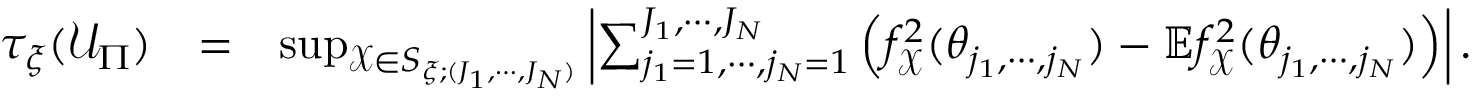
\begin{array} { r l r } { \tau _ { \xi } ( \mathcal { U } _ { \Pi } ) } & { = } & { \operatorname* { s u p } _ { \mathcal { X } \in S _ { \xi ; ( J _ { 1 } , \cdots , J _ { N } ) } } \left\vert \sum _ { j _ { 1 } = 1 , \cdots , j _ { N } = 1 } ^ { J _ { 1 } , \cdots , J _ { N } } \left( f _ { \mathcal { X } } ^ { 2 } ( \theta _ { j _ { 1 } , \cdots , j _ { N } } ) - \mathbb { E } f _ { \mathcal { X } } ^ { 2 } ( \theta _ { j _ { 1 } , \cdots , j _ { N } } ) \right) \right\vert . } \end{array}